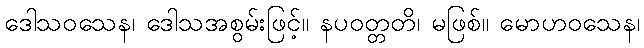
ဒေါသဝသေန၊ ဒေါသအစွမ်းဖြင့်။ နပဝတ္တတိ၊ မဖြစ်။ မောဟဝသေန၊